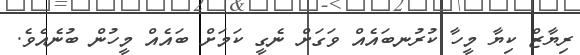
ރިޔާޒް ކިޔާ މީހާ ކުރުނބައެއް ވަގަށް ނެގީ ކަމަށް ބައެއް މީހުން ބުނެއެވެ.